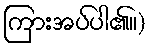
ကြားအပ်ပါ၏။)